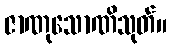
ဇာဏုသောဏိသုတ်။